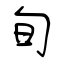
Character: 旬